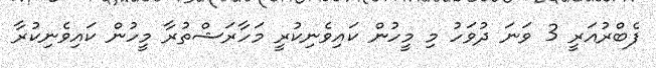
ފެބްރުއަރީ 3 ވަނަ ދުވަހު މި މީހުން ކައިވެނިކުރީ މަހާރަޝްތުރާ މީހުން ކައިވެނިކުރާ